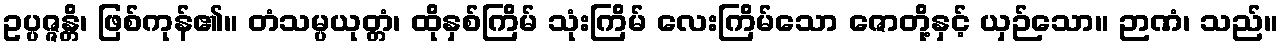
ဥပ္ပဇ္ဇန္တိ၊ ဖြစ်ကုန်၏။ တံသမ္ပယုတ္တံ၊ ထိုနှစ်ကြိမ် သုံးကြိမ် လေးကြိမ်သော ဇောတို့နှင့် ယှဉ်သော။ ဉာဏံ၊ သည်။